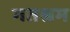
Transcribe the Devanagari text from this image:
गतश्रम